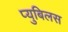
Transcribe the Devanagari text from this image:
प्युबिलस